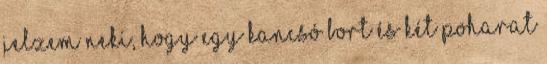
jelzem neki, hogy egy kancsó bort és két poharat